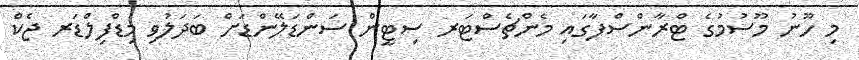
މި ހޫނު މޫސުމުގެ ޓްރާންސްފާގައި މެންޗެސްޓަރ ސިޓީން ސަންޑަލޭންޑަށް ބަދަލުވި މިޑްފިލްޑަރ ޖެކް